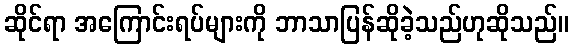
ဆိုင်ရာ အကြောင်းရပ်များကို ဘာသာပြန်ဆိုခဲ့သည်ဟုဆိုသည်။